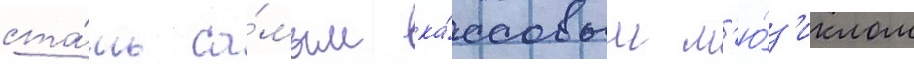
ста́ть са́мым ка́ссовым м'ю́з'иклом